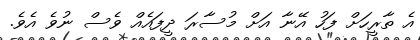
އެ ތާރީހަށް ފަހު އޭނާ އަށް މުސާރަ ދީފައެއް ވެސް ނުވެ އެވެ.